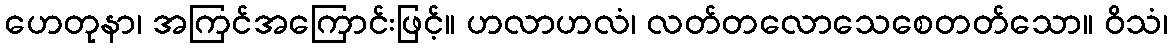
ဟေတုနာ၊ အကြင်အကြောင်းဖြင့်။ ဟလာဟလံ၊ လတ်တလောသေစေတတ်သော။ ဝိသံ၊